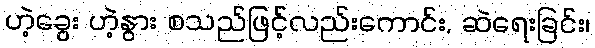
ဟဲ့ခွေး ဟဲ့နွား စသည်ဖြင့်လည်းကောင်း, ဆဲရေးခြင်း၊